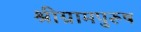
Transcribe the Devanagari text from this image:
श्रीग्रामपुरूष